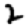
Digit: 2